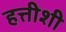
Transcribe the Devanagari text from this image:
हत्तीशी